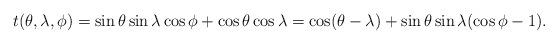
LaTeX: \begin{align*}t(\theta,\lambda,\phi) = \sin\theta \sin\lambda \cos\phi + \cos\theta \cos\lambda = \cos (\theta-\lambda) + \sin\theta \sin\lambda (\cos\phi-1).\end{align*}